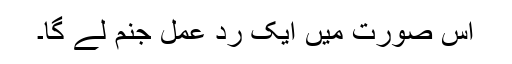
اس صورت میں ایک رد عمل جنم لے گا۔